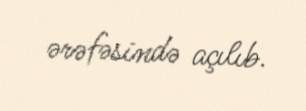
ərəfəsində açılıb.